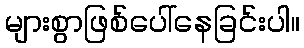
များစွာဖြစ်ပေါ်နေခြင်းပါ။